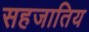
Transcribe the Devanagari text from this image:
सहजातिय